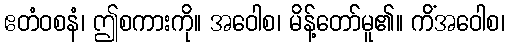
ဧတံဝစနံ၊ ဤစကားကို။ အဝေါစ၊ မိန့်တော်မူ၏။ ကိံအဝေါစ၊